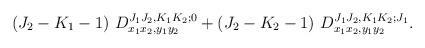
LaTeX: \begin{align*}(J_2-K_1-1)~D^{J_1 J_2,K_1 K_2;0}_{x_1 x_2,y_1 y_2} +(J_2-K_2-1)~D^{J_1 J_2,K_1 K_2;J_1}_{x_1 x_2,y_1 y_2}.\end{align*}